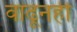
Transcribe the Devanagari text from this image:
वाढूनही